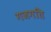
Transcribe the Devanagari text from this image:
गजगति